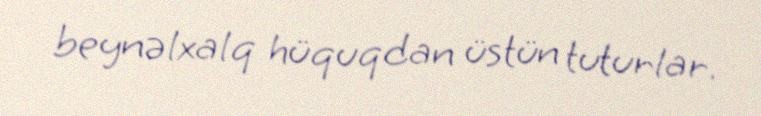
beynəlxalq hüquqdan üstün tuturlar.